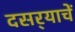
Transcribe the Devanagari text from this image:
दसर्‍याचें